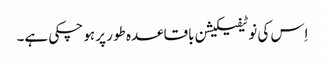
اِس کی نوٹیفیکیشن باقاعدہ طور پر ہو چکی ہے۔